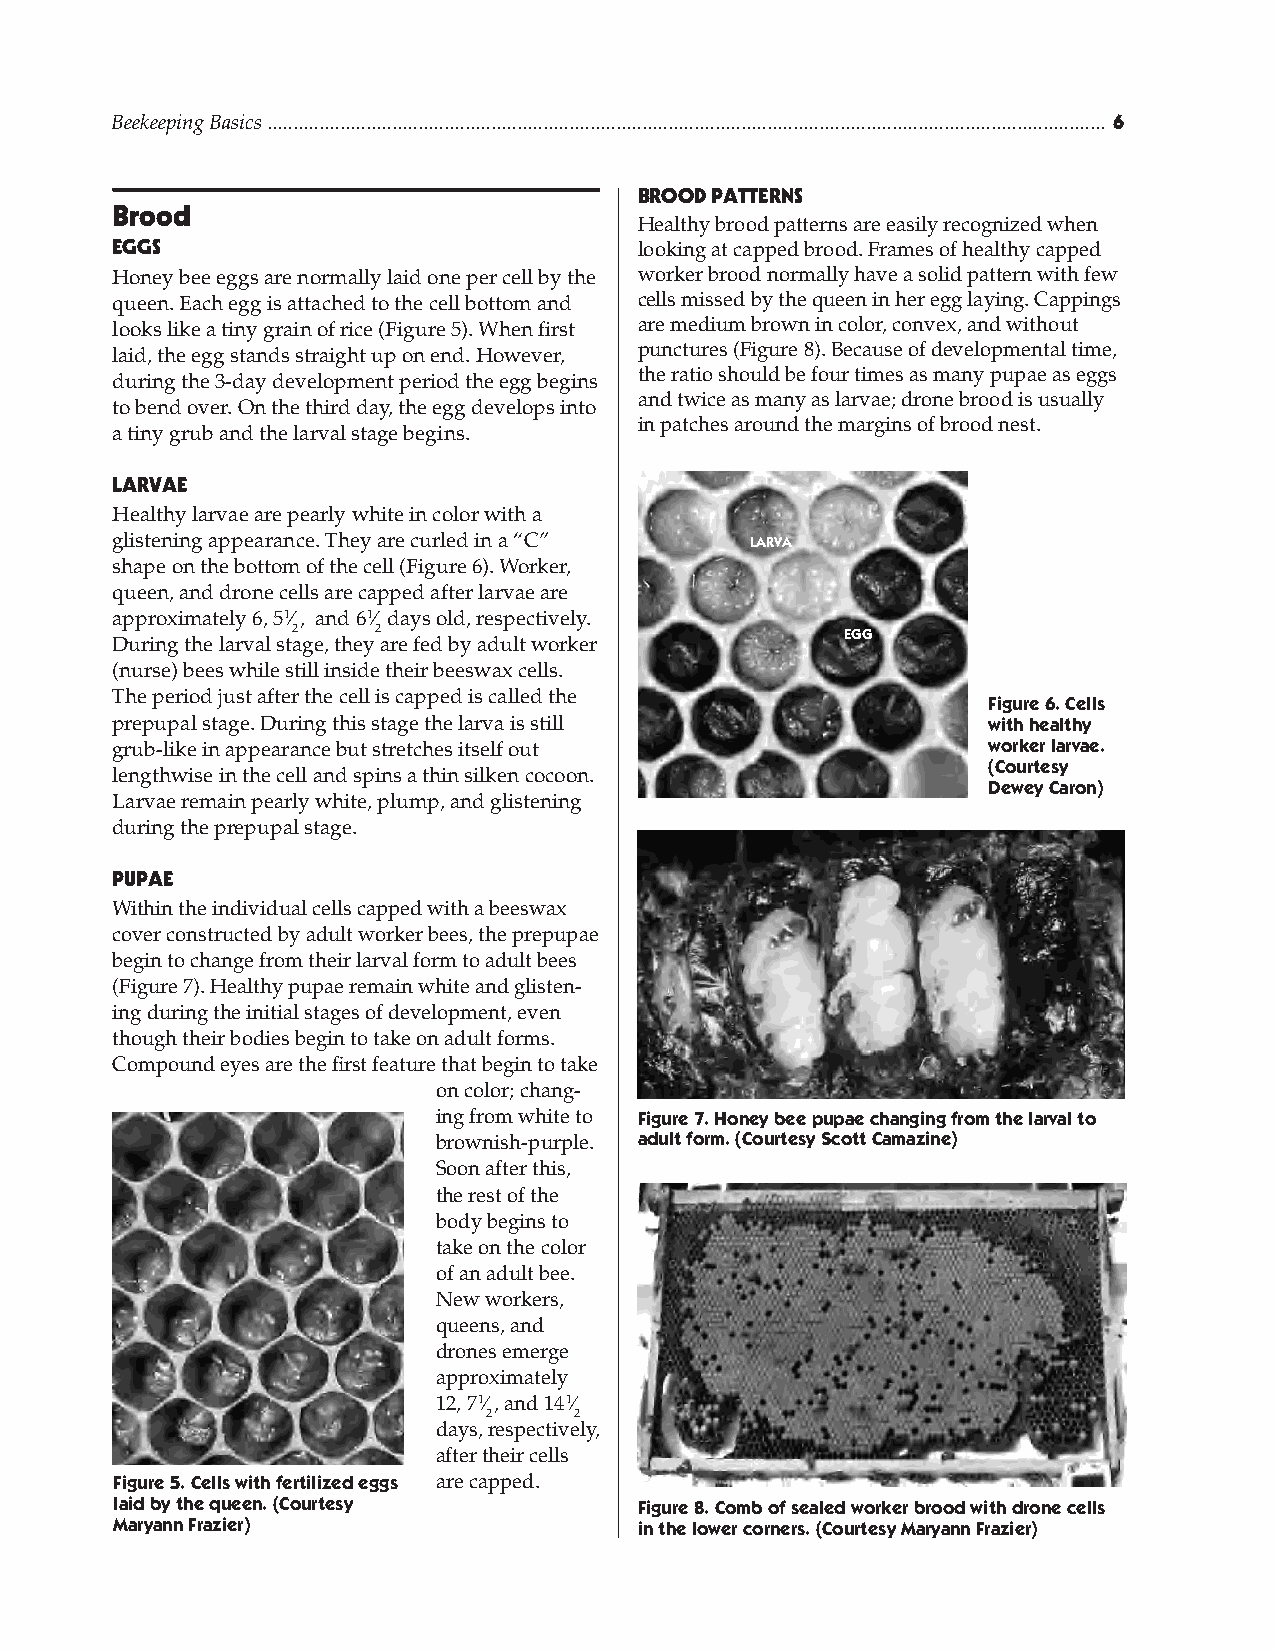
Beekeeping Basics ................................................................................................................................................................. 
 BrooD PattErns
 Brood
 Healthy brood patterns are easily recognized when
 Eggs                               looking at capped brood. Frames of healthy capped
 Honey bee eggs are normally laid one per cell by the worker brood normally have a solid pattern with few
 queen. Each egg is attached to the cell bottom and cells missed by the queen in her egg laying. Cappings
 looks like a tiny grain of rice (Figure 5). When first are medium brown in color, convex, and without
 laid, the egg stands straight up on end. However, punctures (Figure 8). Because of developmental time,
 the ratio should be four times as many pupae as eggs
 during the 3-day development period the egg begins
 and twice as many as larvae; drone brood is usually
 to bend over. On the third day, the egg develops into
 in patches around the margins of brood nest.
 a tiny grub and the larval stage begins.
 LarvaE
 Healthy larvae are pearly white in color with a
 glistening appearance. They are curled in a “C” larva
 shape on the bottom of the cell (Figure 6). Worker,
 queen, and drone cells are capped after larvae are
 approximately 6, 51⁄ , and 61⁄ days old, respectively.
 2     2                              egg
 During the larval stage, they are fed by adult worker
 (nurse) bees while still inside their beeswax cells.
 The period just after the cell is capped is called the
 Figure 6. Cells
 prepupal stage. During this stage the larva is still      with healthy
 grub-like in appearance but stretches itself out          worker larvae.
 (Courtesy
 lengthwise in the cell and spins a thin silken cocoon.
 Dewey Caron)
 Larvae remain pearly white, plump, and glistening
 during the prepupal stage.
 PuPaE
 Within the individual cells capped with a beeswax
 cover constructed by adult worker bees, the prepupae
 begin to change from their larval form to adult bees
 (Figure 7). Healthy pupae remain white and glisten-
 ing during the initial stages of development, even
 though their bodies begin to take on adult forms.
 Compound eyes are the first feature that begin to take
 on color; chang-
 ing from white to Figure 7. Honey bee pupae changing from the larval to
 brownish-purple. adult form. (Courtesy Scott Camazine)
 Soon after this,
 the rest of the
 body begins to
 take on the color
 of an adult bee.
 New workers,
 queens, and
 drones emerge
 approximately
 12, 71⁄, and 141⁄
 2     2
 days, respectively,
 after their cells
 Figure 5. Cells with fertilized eggs are capped.
 laid by the queen. (Courtesy      Figure 8. Comb of sealed worker brood with drone cells
 Maryann Frazier)                  in the lower corners. (Courtesy Maryann Frazier)